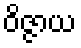
ဝိဇ္ဇာယ